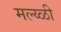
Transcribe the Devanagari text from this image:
मल्य्ळी